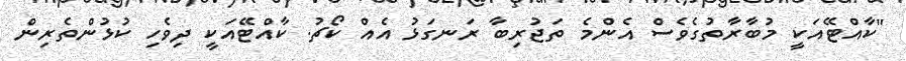
"ކާއްޓޭއަކީ މުބާރާތުގެވެސް އެންމެ ތަޖުރިބާ ރަނގަޅު އެއް ކޯޗު. ކާއްޓޭއަކީ ދިވެހި ކުޅުންތެރިން